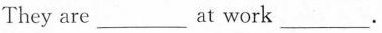
They are___at work___.